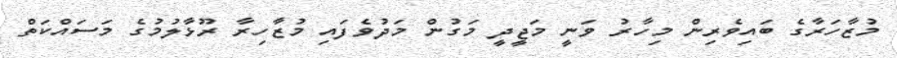
މުޒާހަރާގެ ބައިވެރިން މިހާރު ވަނީ މަޖީދީ މަގުން މަދުވެފައި މުޒާހިރާ ރޫޅާލުމުގެ މަސައްކަތް